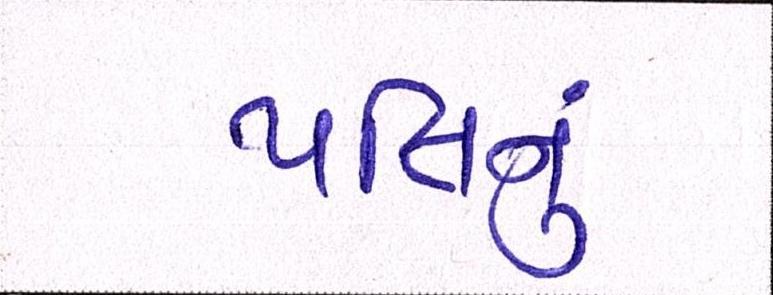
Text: પતિનું